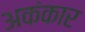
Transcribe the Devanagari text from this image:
अकंकार